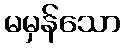
မမှန်သော